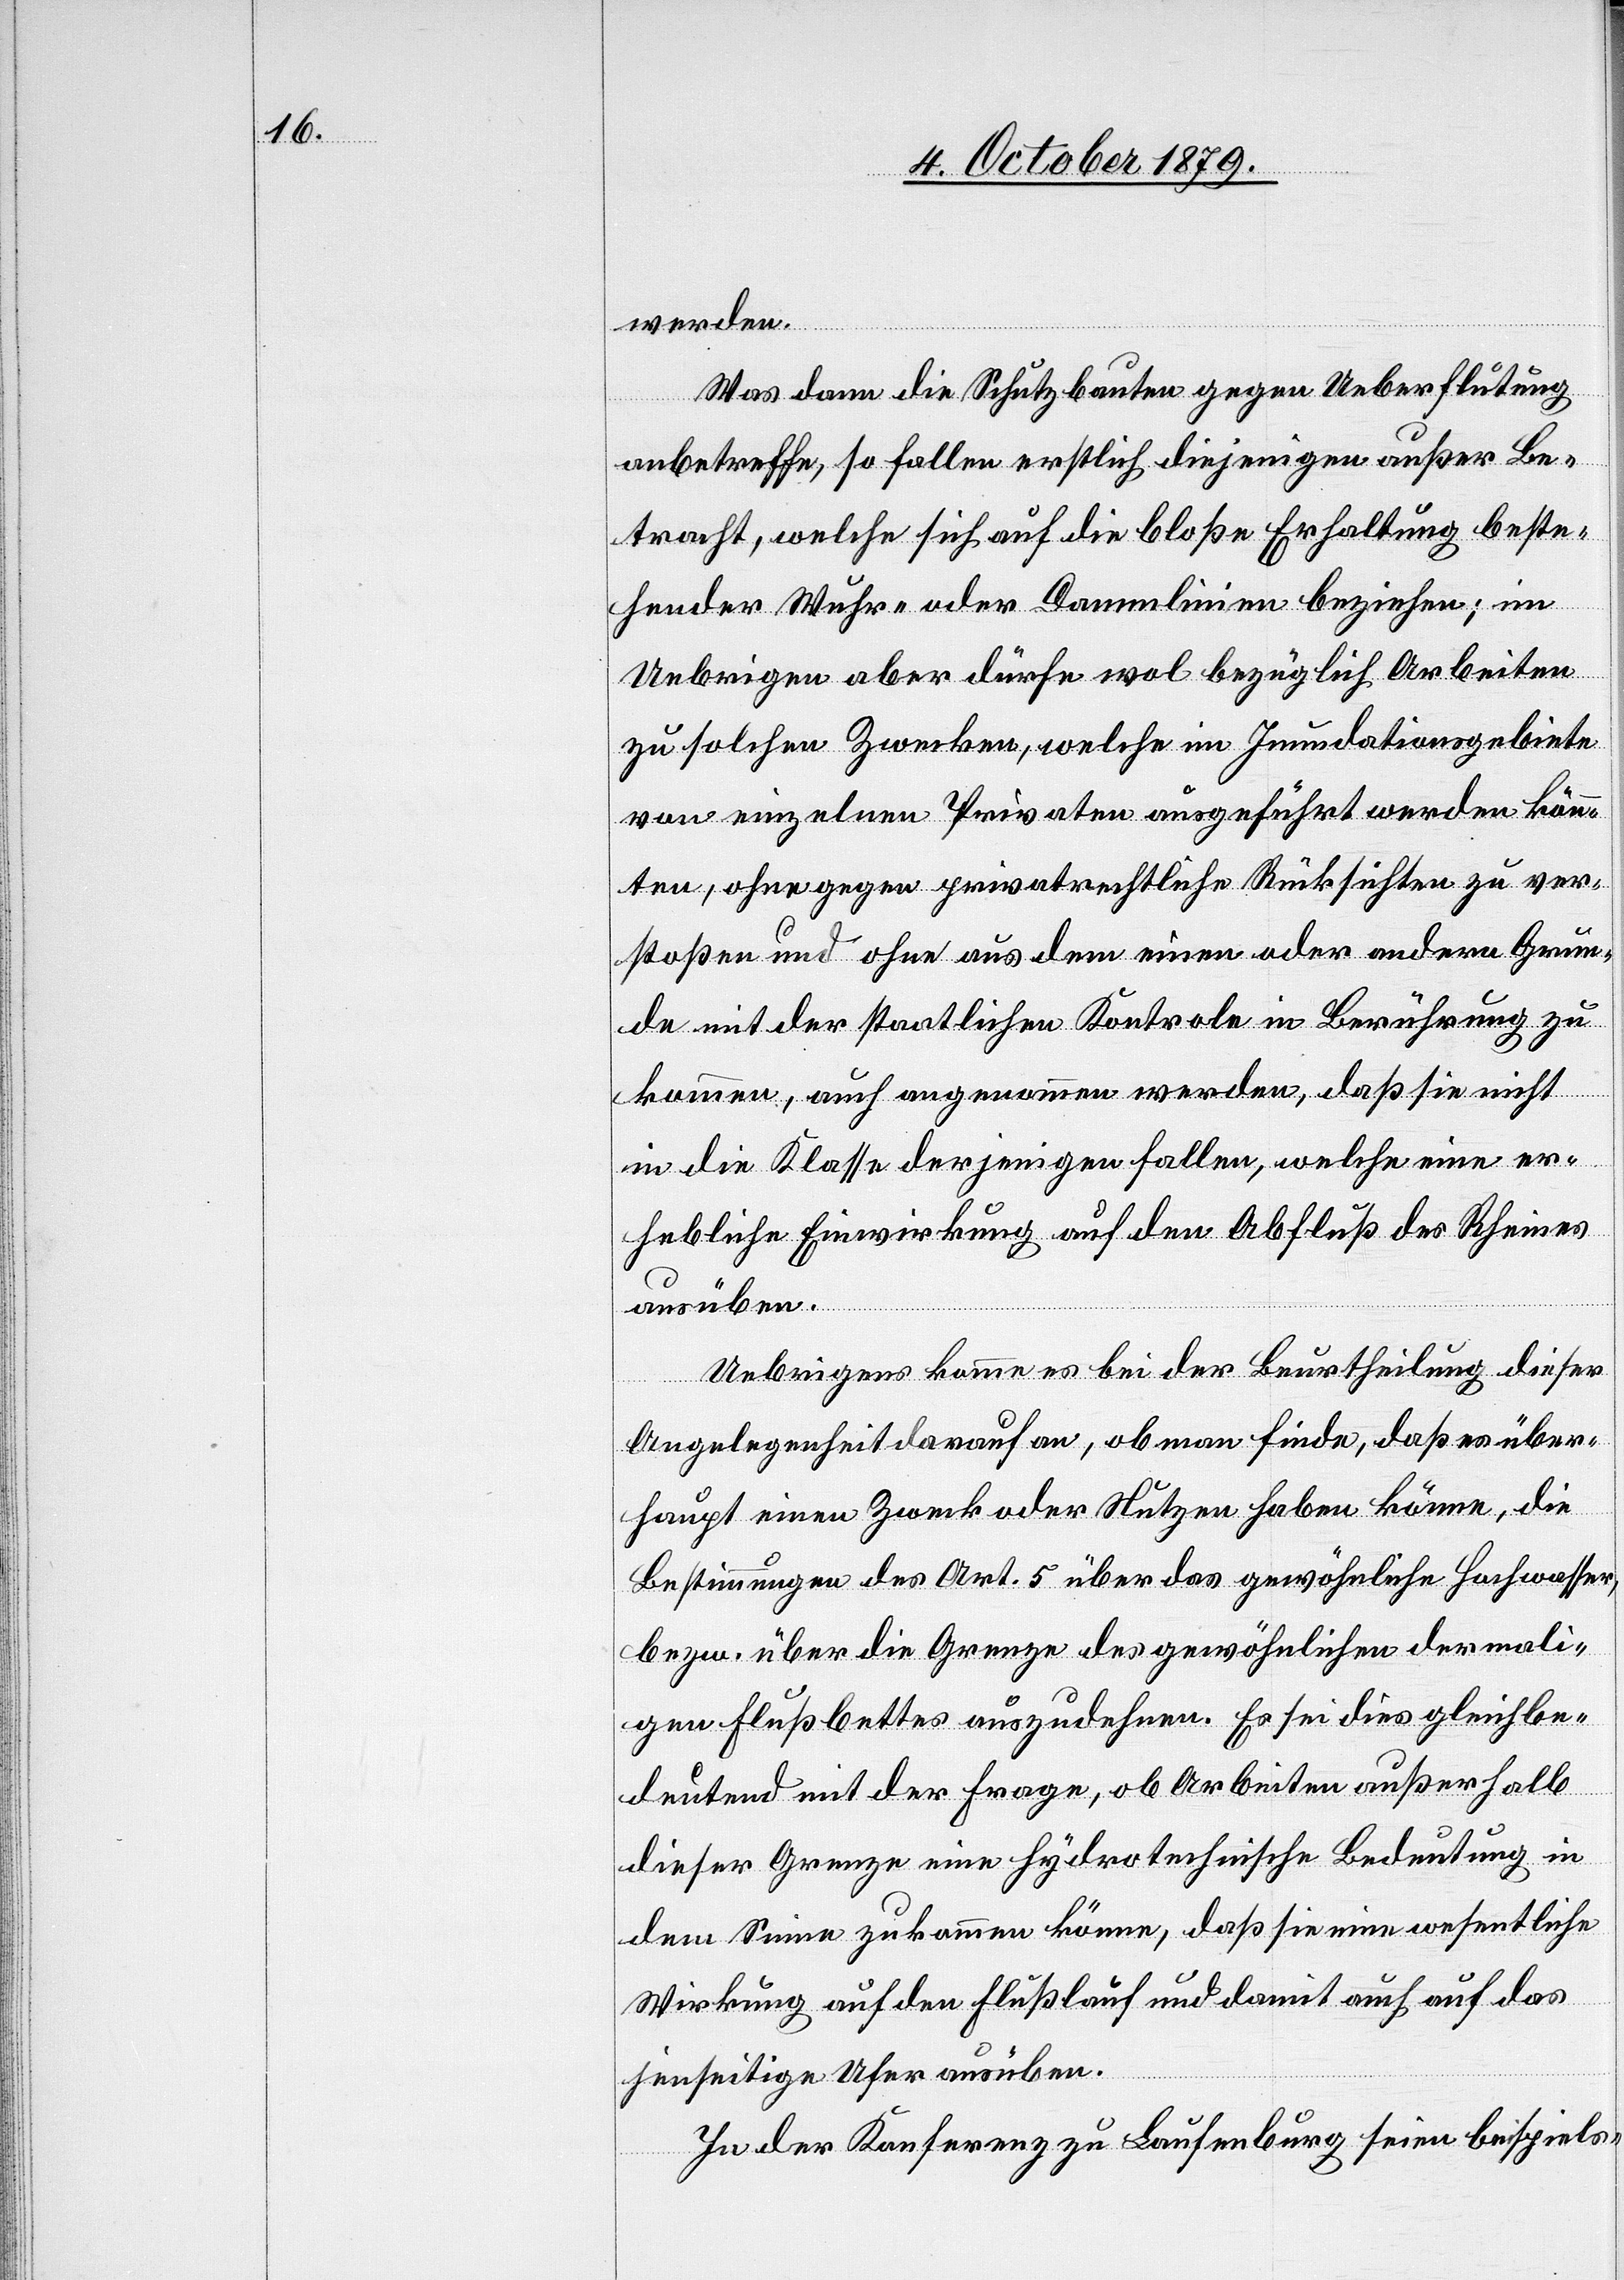
werden.
Was dann die Schutzbauten gegen Ueberflutung
anbetreffe, so fallen erstlich diejenigen außer Be¬
tracht, welche sich auf die bloße Erhaltung beste¬
hender Wuhr- oder Dammlinien beziehen; im
ver¬
Uebrigen aber dürfe wol bezüglich Arbeiten
zu solchen Zwecken, welche im Inundationsgebiete
von einzelnen Privaten ausgeführt werden kön¬
stoßen und ohne aus dem einen oder andern Grun¬
de mit der staatlichen Kontrole in Berührung zu
kommen, auch angenommen werden, daß sie nicht
in die Klasse derjenigen fallen, welche eine er¬
hebliche Einwirkung auf den Abfluß des Rheines
ausüben.
Uebrigens komme es bei der Beurtheilung dieser
Rücksichten
Angelegenheit darauf an, ob man finde, daß es über¬
haupt einen Zweck oder Nutzen haben könne, die
Bestimmungen des Art. 5 über das gewöhnliche Hochwasser,
bezw. über die Grenze des gewöhnlichen dermali¬
gen Flußbettes auszudehnen. Es sei dies gleichbe¬
deutend mit der Frage, ob Arbeiten außerhalb
dieser Grenze eine hydrotechnische Bedeutung in
dem Sinne zukommen könne, daß sie eine wesentliche
Wirkung auf den Flußlauf und damit auch auf das
jenseitige Ufer ausüben.
In der Konferenz zu Laufenburg seien beispiels-